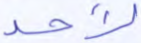
لأحد